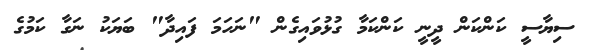
ސިޔާސީ ކަންކަން ދީނީ ކަންކަމާ ގުޅުވައިގެން "ނަހަމަ ފައިދާ" ބަޔަކު ނަގާ ކަމުގެ